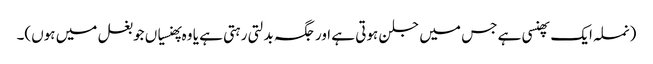
(نملہ ایک پھنسی ہے جس میں جلن ہوتی ہے اور جگہ بدلتی رہتی ہے یا وہ پھنسیاں جو بغل میں ہوں)۔